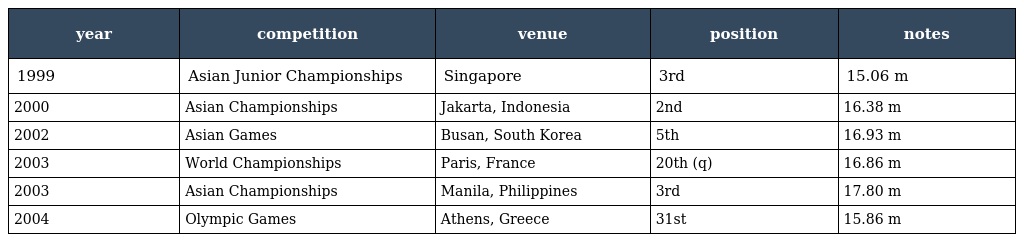
| year | competition | venue | position | notes |
 | --- | --- | --- | --- | --- |
 | 1999 | Asian Junior Championships | Singapore | 3rd | 15.06 m |
 | 2000 | Asian Championships | Jakarta, Indonesia | 2nd | 16.38 m |
 | 2002 | Asian Games | Busan, South Korea | 5th | 16.93 m |
 | 2003 | World Championships | Paris, France | 20th (q) | 16.86 m |
 | 2003 | Asian Championships | Manila, Philippines | 3rd | 17.80 m |
 | 2004 | Olympic Games | Athens, Greece | 31st | 15.86 m |